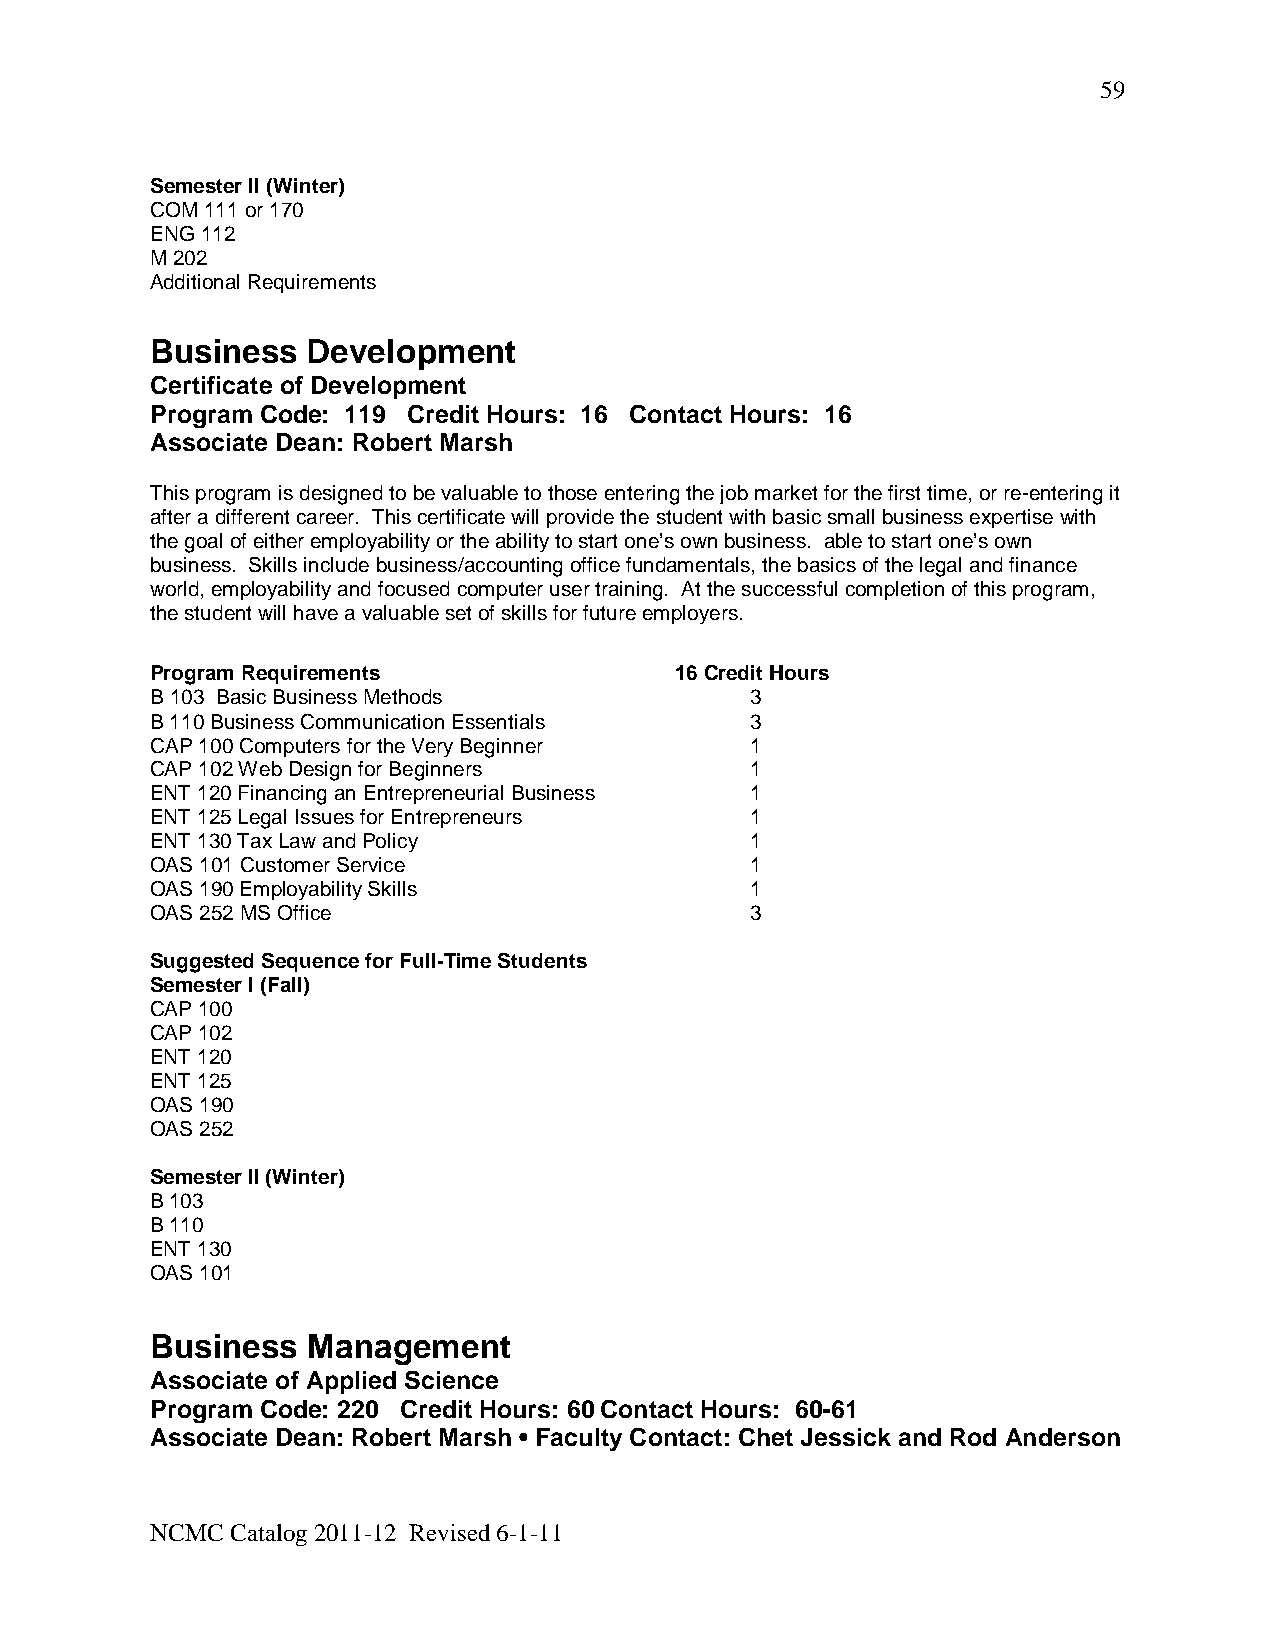
59
 Semester II (Winter)
 COM 111 or 170
 ENG 112
 M 202
 Additional Requirements
 Business  Development
 Certificate of Development
 Program Code: 119 Credit Hours: 16 Contact Hours: 16
 Associate Dean: Robert Marsh
 This program is designed to be valuable to those entering the job market for the first time, or re-entering it
 after a different career. This certificate will provide the student with basic small business expertise with
 the goal of either employability or the ability to start one’s own business. able to start one’s own
 business. Skills include business/accounting office fundamentals, the basics of the legal and finance
 world, employability and focused computer user training. At the successful completion of this program,
 the student will have a valuable set of skills for future employers.
 Program Requirements               16 Credit Hours
 B 103 Basic Business Methods            3
 B 110 Business Communication Essentials 3
 CAP 100 Computers for the Very Beginner 1
 CAP 102 Web Design for Beginners        1
 ENT 120 Financing an Entrepreneurial Business 1
 ENT 125 Legal Issues for Entrepreneurs  1
 ENT 130 Tax Law and Policy              1
 OAS 101 Customer Service                1
 OAS 190 Employability Skills            1
 OAS 252 MS Office                       3
 Suggested Sequence for Full-Time Students
 Semester I (Fall)
 CAP 100
 CAP 102
 ENT 120
 ENT 125
 OAS 190
 OAS 252
 Semester II (Winter)
 B 103
 B 110
 ENT 130
 OAS 101
 Business  Management
 Associate of Applied Science
 Program Code: 220 Credit Hours: 60 Contact Hours: 60-61
 Associate Dean: Robert Marsh • Faculty Contact: Chet Jessick and Rod Anderson
 NCMC Catalog 2011-12 Revised 6-1-11